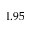
1 . 9 5